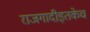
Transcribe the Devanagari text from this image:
राजगादीइतकेच